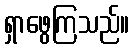
ရှာဖွေကြသည်။